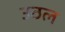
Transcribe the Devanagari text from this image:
उठल